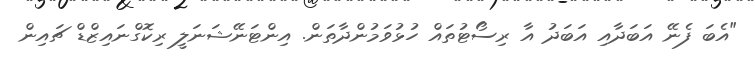
"އެބަ ފެނޭ އަބަދާއި އަބަދު އާ ރިސޯޓުތައް ހުޅުވަމުންދާތަން. އިންޓަނޭޝަނަލީ ރިކޮގްނައިޒްޑް ޗައިން